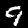
Label: 9